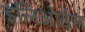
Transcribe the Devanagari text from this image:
इलिओईस